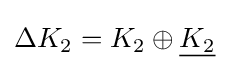
\Delta K_{2}=K_{2}\oplus {\underline {K_{2}}}